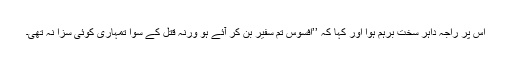
اس پر راجہ داہر سخت برہم ہوا اور کہا کہ ’’افسوس تم سفیر بن کر آئے ہو ورنہ قتل کے سوا تمہاری کوئی سزا نہ تھی۔